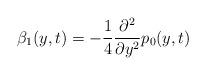
LaTeX: \begin{align*}\beta_{1}(y,t)=-\frac{1}{4}\frac{\partial^{2}}{\partial y^{2}}p_{0}(y,t)\end{align*}